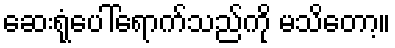
ဆေးရုံပေါ်ရောက်သည်ကို မသိတော့။